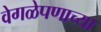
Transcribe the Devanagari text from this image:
वेगळेपणाच्या